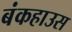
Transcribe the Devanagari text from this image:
बंकहाउस